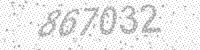
Solution: 867032